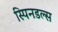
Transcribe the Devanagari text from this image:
स्पिनडल्स